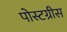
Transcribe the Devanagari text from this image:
पोस्टग्रीस